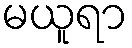
မယူရာ